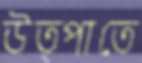
উত্পাতে